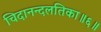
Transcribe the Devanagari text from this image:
चिदानन्दलतिका॥६॥